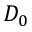
D _ { 0 }